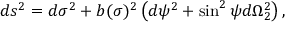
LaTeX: d s ^ { 2 } = d \sigma ^ { 2 } + b ( \sigma ) ^ { 2 } \left( d \psi ^ { 2 } + \sin ^ { 2 } \psi d \Omega _ { 2 } ^ { 2 } \right) ,